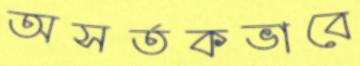
অসর্তকভাবে